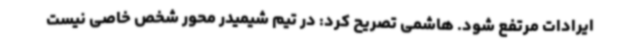
ایرادات مرتفع شود. هاشمی تصریح کرد: در تیم شیمیدر محور شخص خاصی نیست